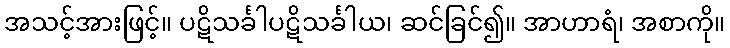
အသင့်အားဖြင့်။ ပဋိသင်္ခါပဋိသင်္ခါယ၊ ဆင်ခြင်၍။ အာဟာရံ၊ အစာကို။